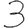
Digit: 3